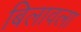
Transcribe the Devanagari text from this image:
बिलावला